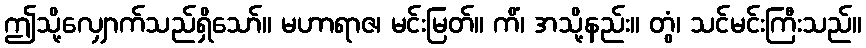
ဤသို့လျှောက်သည်ရှိသော်။ မဟာရာဇ၊ မင်းမြတ်။ ကိံ၊ အသို့နည်း။ တွံ၊ သင်မင်းကြီးသည်။